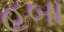
હબા